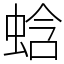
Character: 蛿